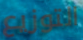
التوزيع